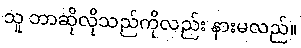
သူ ဘာဆိုလိုသည်ကိုလည်း နားမလည်။